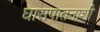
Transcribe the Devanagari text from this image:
घासपातनाशी